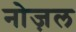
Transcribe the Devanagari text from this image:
नोज़ल